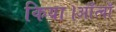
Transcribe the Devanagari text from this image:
किया।आँत्वाँ